Vaccination in Bombay 1913-1923 - 1913-1923
Year: 1913
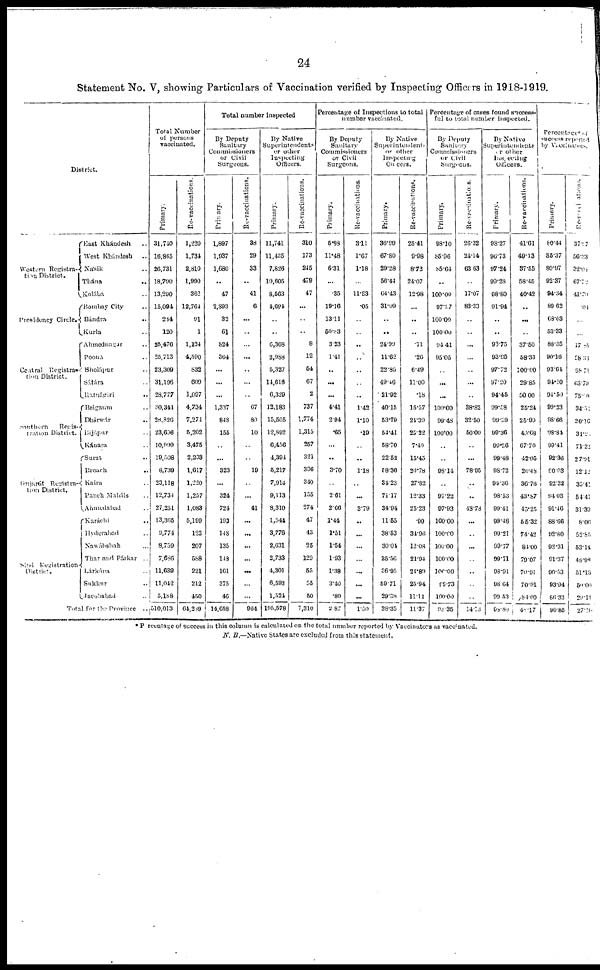
24
Statement No. V, showing Particulars of Vaccination verified by Inspecting Officers in 1918-1919.
District.
Western Registra-
tion District.
Presidency Circle.
Ceatral Registra-
tion District.
Southern
Regis-
tration District.
Gujarát Registra-
tion District.
Sind
Registration
District.
East Khándesh ..
West Khándesh ..
Násik ..
Thána ..
Kolába ..
Bombay City ..
Bándra ..
Kurla ..
Ahmednagar ..
Poona ..
Sholápur ..
Sátara ..
Ratnágiri
..
Belgaum ..
Dhárwár
..
Bijápur ..
Kánara ..
Surat ..
Broach ..
Kaira ..
Panch Maháls ..
Ahmedabad ..
Karáchi ..
Hyderabad ..
Nawábshah ...
Thar and Párkar ..
Lárkána ..
Sukkur ..
Jacobabad ..
Total for the Province ..
Total Number
of persons
vaccinated.
Primary.
31,740
16,865
26,731
18,790
13,290
15,094
214
120
25,476
25,713
23,309
31,196
28,777
30,341
28,826
23,696
10,999
19,508
8,739
23,118
12,734
27,251
13,365
9,774
8,759
7,686
11,639
11,042
5,188
510,013
Re-vaccinations.
1,220
1,734
2,810
1,990
362
12,764
91
1
1,124
4,590
832
609
1,097
4,734
7,274
5,202
3,475
2,203
1,617
1,220
1,257
1,083
5,199
123
207
588
221
212
450
64,289
Total number inspected
By Deputy
Sanitary
Commissioners
or Civil
Surgeons.
Primary.
1,897
1,937
1,686
..
47
2,893
32
61
824
364
...
...
...
1,337
848
155
..
...
323
...
324
724
193
148
135
143
161
375
46
14,658
Re-vaccinations.
38
29
33
..
41
6
...
..
...
...
..
...
..
67
80
10
..
..
19
..
...
41
...
...
...
...
...
...
...
964
By Native
Superintendents
or other
Inspecting
Officers.
Primary.
11,741
11,435
7,826
10,605
8,563
4,694
..
..
6,368
2,988
5,327
14,616
6,329
12,183
15,505
12,892
6,456
4,394
5,217
7,914
9,113
8,310
1,544
3,776
2,631
2,733
4,301
6,593
1,524
195,578
Re-vaccinations.
310
173
245
479
47
...
..
..
8
12
54
67
2
737
1,774
1,315
257
321
336
340
155
274
47
43
25
129
55
55
50
7,310
Percentage of Inspections to total
number vaccinated.
By Deputy
Sanitary
Commissioners
or Civil
Surgeons.
Primary.
5.93
11.48
6.31
...
.35
19.16
13.11
50.83
3.23
1.41
..
...
...
4.41
2.94
.65
...
..
3.70
..
2.61
2.66
1.44
1.51
1.54
1.93
1.38
3.40
.89
2.87
Re-vaccinations.
3.11
1.67
1.18
...
11.33
.05
..
..
..
..
..
..
..
1.42
1.10
.19
..
..
1.18
..
...
3.79
..
...
...
...
...
...
...
1.50
By Native
Superintendents
or other
lnspecting
Officers
Primary.
36.90
67.80
29.28
56.44
64.43
31.09
..
..
24.99
11.62
22.85
49.46
21.92
40.15
53.79
54.41
58.70
22.52
58.36
34.23
71.17
34.94
11.55
38.53
30.04
35.56
36.95
69.71
29.38
38.35
Re-vaccinations.
25.41
9.98
8.72
24.07
12.98
...
..
..
.71
.26
6.40
11.00
.18
15.57
24.39
25.22
7.40
15.45
20.78
27.82
12.33
25.23
.90
31.96
12.08
21.94
21.89
25.94
11.11
11.37
Percentage of cases found success-
ful to total number inspected.
By Deputy
Sanitary
Commissioners
or Civil
Surgeons.
Primary.
98.10
85.96
85.64
..
100.00
97.97
100.00
100.00
94.41
95.05
..
...
...
100.00
99.48
100.00
..
..
98.14
..
97.22
97.93
100.00
100.00
100.00
100.00
100.00
99.73
100.00
98.35
Re-vaccinations.
26.32
24.14
63.63
..
17.07
83.33
..
..
...
...
...
...
..
38.82
32.50
50.00
..
...
78.05
..
..
48.78
...
...
...
..
..
..
..
14.73
By Native
Superintendents
or other
Inspecting
Officers.
Primary.
98.27
96.73
97.24
99.28
98.80
91.94
..
..
93.75
93.95
97.72
97.20
94.45
99.58
99.59
99.36
99.36
99.48
98.72
99.36
98.53
99.41
99.48
99.21
99.77
99.71
93.91
98.64
99.53
98.80
Re-vaccinations.
41.61
49.13
37.55
58.45
40.42
..
...
..
37.50
58.33
100.00
29.85
50.00
25.24
25.99
40.68
67.70
42.05
26.48
36.76
43.87
45.25
55.32
74.42
84.00
79.07
70.91
70.91
84.00
40.17
Percentages of
success reported
by Vaccinators.
Primary.
80.44
35.37
80.97
92.37
94.34
89.62
68.03
53.33
88.35
90.16
93.64
94.10
94.50
99.23
98.66
98.84
99.41
92.36
90.03
92.32
94.03
91.46
88.66
92.80
92.31
91.37
90.53
93.94
86.33
90.85
Re-vaccinations.
37.17
50.33
32.00
67.72
41.79
.04
...
...
17.05
58.38
98.71
63.79
75.00
34.51
26.16
34.20
71.22
27.91
12.12
35.41
54.41
31.39
8.06
52.85
53.14
48.98
51.13
50.00
29.11
27.10
* Percentage of success in this column is calculated on the total number reported by Vaccinators as vaccinated.
N.B.—Native States are excluded from this statement.